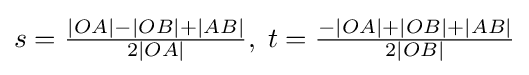
s={\tfrac {|OA|-|OB|+|AB|}{2|OA|}},\;t={\tfrac {-|OA|+|OB|+|AB|}{2|OB|}}